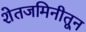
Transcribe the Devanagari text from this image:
शेतजमिनीतून